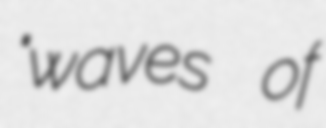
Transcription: "waves of